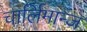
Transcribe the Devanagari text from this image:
चार्लिमान्ज